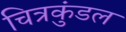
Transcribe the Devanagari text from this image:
चित्रकुंडल